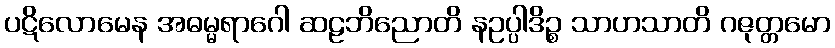
ပဋိလောမေန အဓမ္မရာဂေါ ဆဠဘိညောတိ နဥပ္ပါဒိဉ္စ သာဟသာတိ ဂဇုတ္တမော